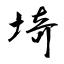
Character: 埼